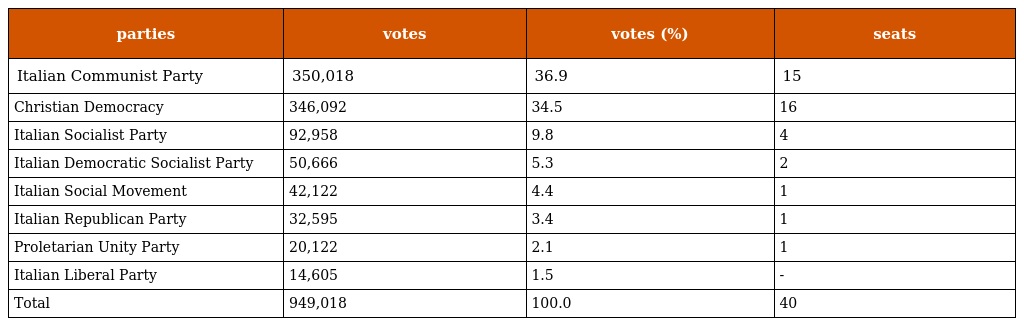
| parties | votes | votes (%) | seats |
 | --- | --- | --- | --- |
 | Italian Communist Party | 350,018 | 36.9 | 15 |
 | Christian Democracy | 346,092 | 34.5 | 16 |
 | Italian Socialist Party | 92,958 | 9.8 | 4 |
 | Italian Democratic Socialist Party | 50,666 | 5.3 | 2 |
 | Italian Social Movement | 42,122 | 4.4 | 1 |
 | Italian Republican Party | 32,595 | 3.4 | 1 |
 | Proletarian Unity Party | 20,122 | 2.1 | 1 |
 | Italian Liberal Party | 14,605 | 1.5 | - |
 | Total | 949,018 | 100.0 | 40 |